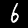
Label: 6